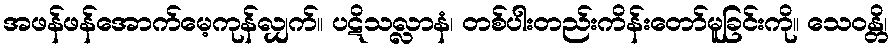
အဖန်ဖန်အောက်မေ့ကုန်လျှက်။ ပဋိသလ္လာနံ၊ တစ်ပါးတည်းကိန်းတော်မူခြင်းကို။ သေဝန္တိ၊